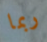
ربما